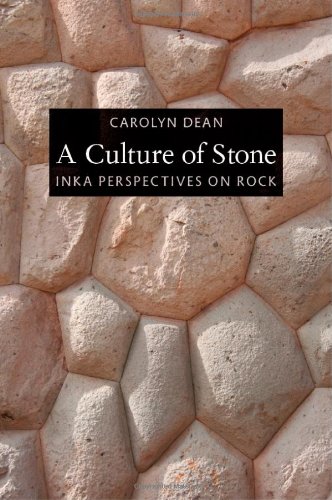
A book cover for A Culture of Stone: Inka Perspectives on Rock; Carolyn J Dean; History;